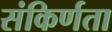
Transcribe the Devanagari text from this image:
संकिर्णता